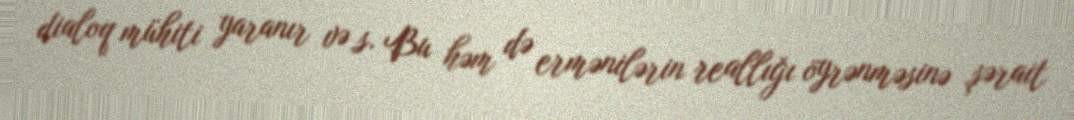
dialoq mühiti yaranır və s. Bu həm də ermənilərin reallığı öyrənməsinə şərait